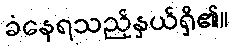
ခံနေရသည့်နှယ်ရှိ၏။